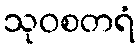
သုဝစတရံ